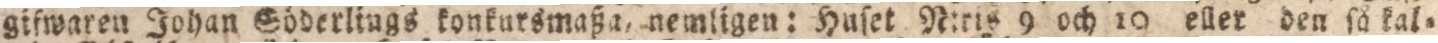
gifwaren Johan Söderlings konkursmaßa, nemligen: Huſet N:tis 9 och 10 eller den ſå kal=